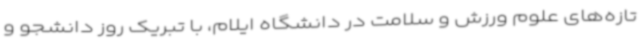
تازه‌های علوم ورزش و سلامت در دانشگاه ایلام، با تبریک روز دانشجو و